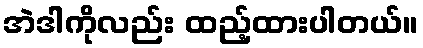
အဲဒါကိုလည်း ထည့်ထားပါတယ်။